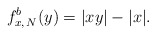
\begin{align*} f^b_{x,\,N}(y) = |xy| - |x|. \end{align*}